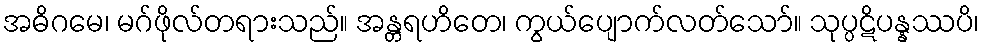
အဓိဂမေ၊ မဂ်ဖိုလ်တရားသည်။ အန္တရဟိတေ၊ ကွယ်ပျောက်လတ်သော်။ သုပ္ပဋိပန္နဿပိ၊